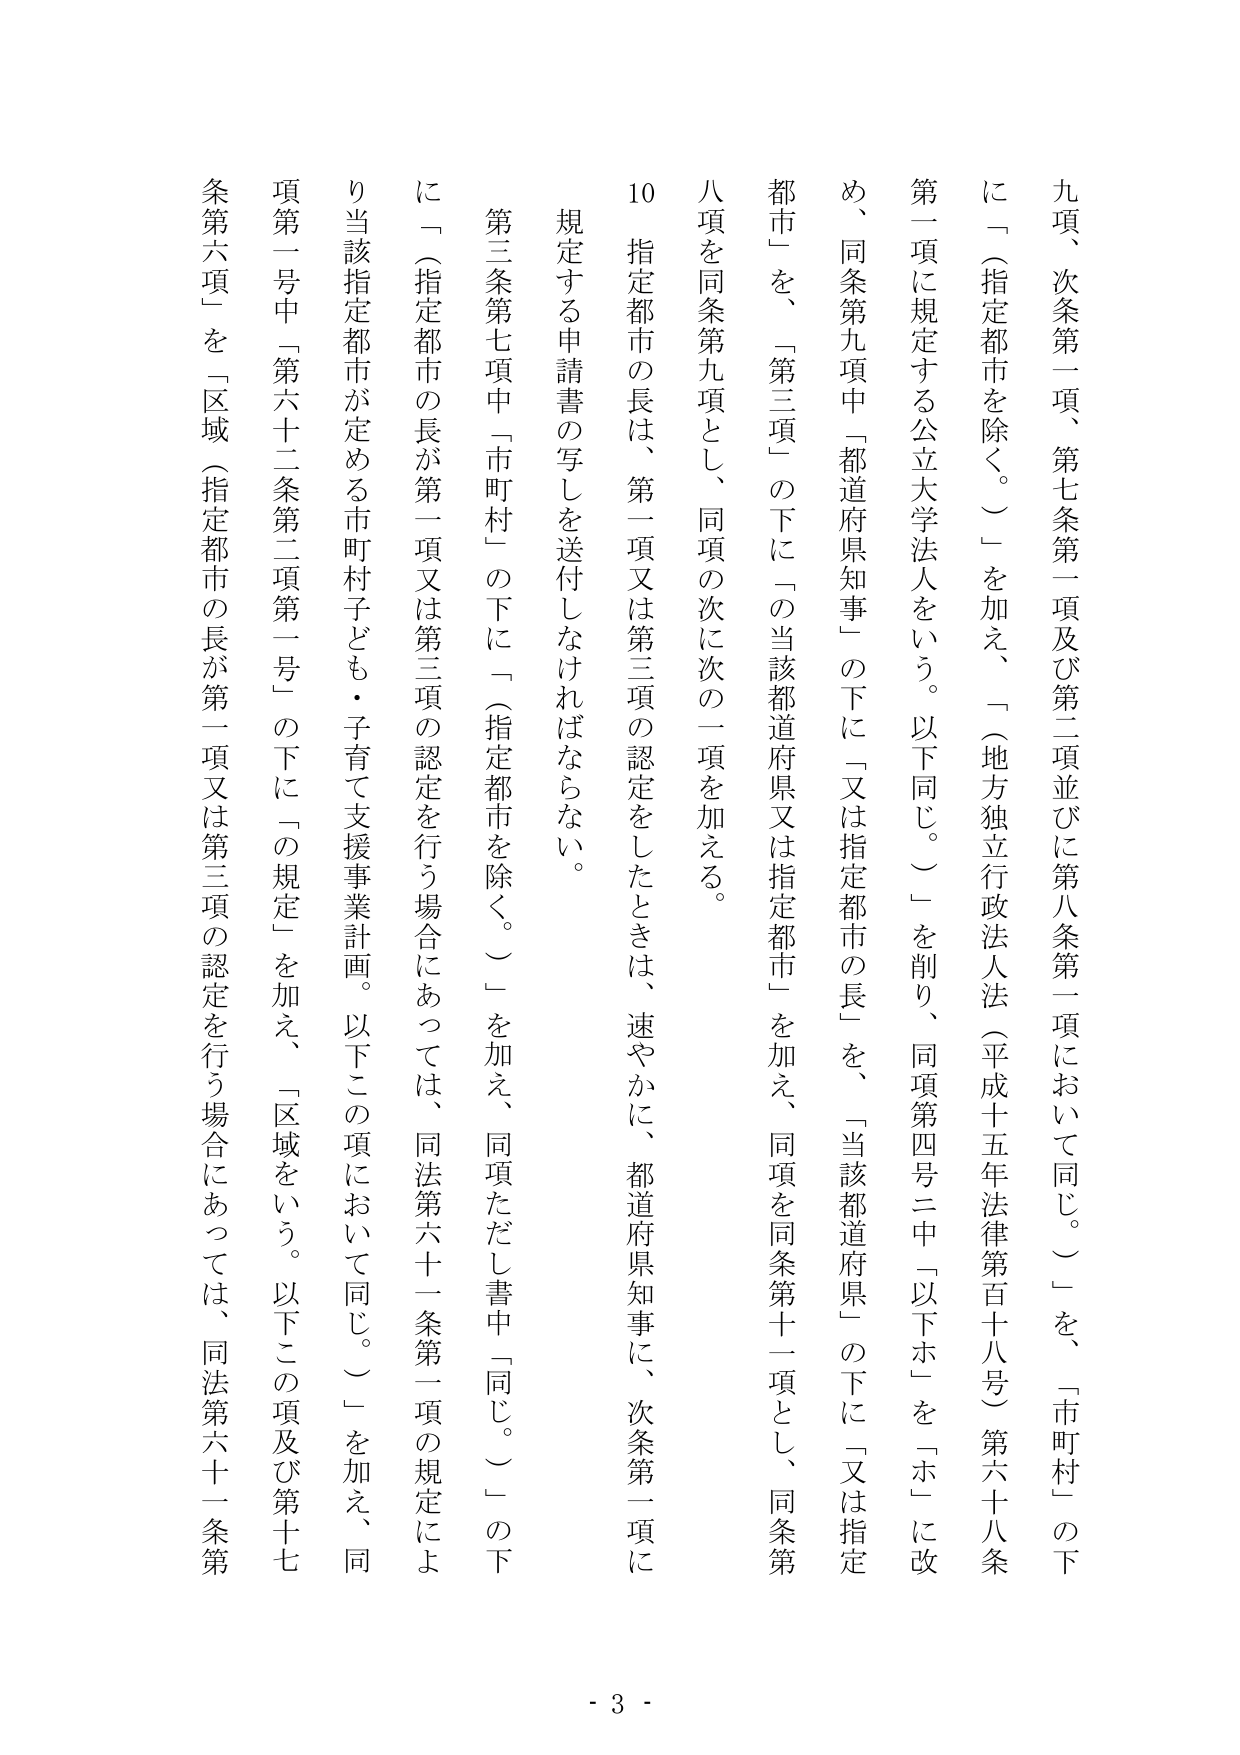
九項、次条第一項、第七条第一項及び第二項並びに第八条第一項において同じ。）」を、「市町村」の下に「（指定都市を除く。）」を加え、「（地方独立行政法人法（平成十五年法律第百十八号）第六十八条第一項に規定する公立大学法人をいう。以下同じ。）」を削り、同項第四号二中「以下ホ」を「ホ」に改め、同条第九項中「都道府県知事」の下に「又は指定都市の長」を、「当該都道府県」の下に「又は指定都市」を、「第三項」の下に「の当該都道府県又は指定都市」を加え、同項を同条第十一項とし、同条第八項を同条第九項とし、同項の次に次の一項を加える。

10 指定都市の長は、第一項又は第三項の認定をしたときは、速やかに、都道府県知事に、次条第二項に規定する申請書の写しを送付しなければならない。

第三条第七項中「市町村」の下に「（指定都市を除く。）」を加え、同項ただし書中「同じ。）」の下に「（指定都市の長が第一項又は第三項の認定を行う場合にあっては、同法第六十一条第一項の規定により当該指定都市が定める市町村子ども・子育て支援事業計画。以下この項において同じ。）」を加え、同項第一号中「第六十二条第二項第一号」の下に「の規定」を加え、「区域をいう。以下この項及び第十七条第六項」を「区域（指定都市の長が第一項又は第三項の認定を行う場合にあっては、同法第六十一条第

- 3 -